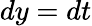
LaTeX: dy=dt